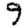
Digit: 9